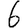
Digit: 6